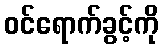
ဝင်ရောက်ခွင့်ကို